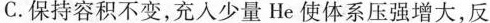
C. 保持容积不变，充入少量He使体系压强增大，反